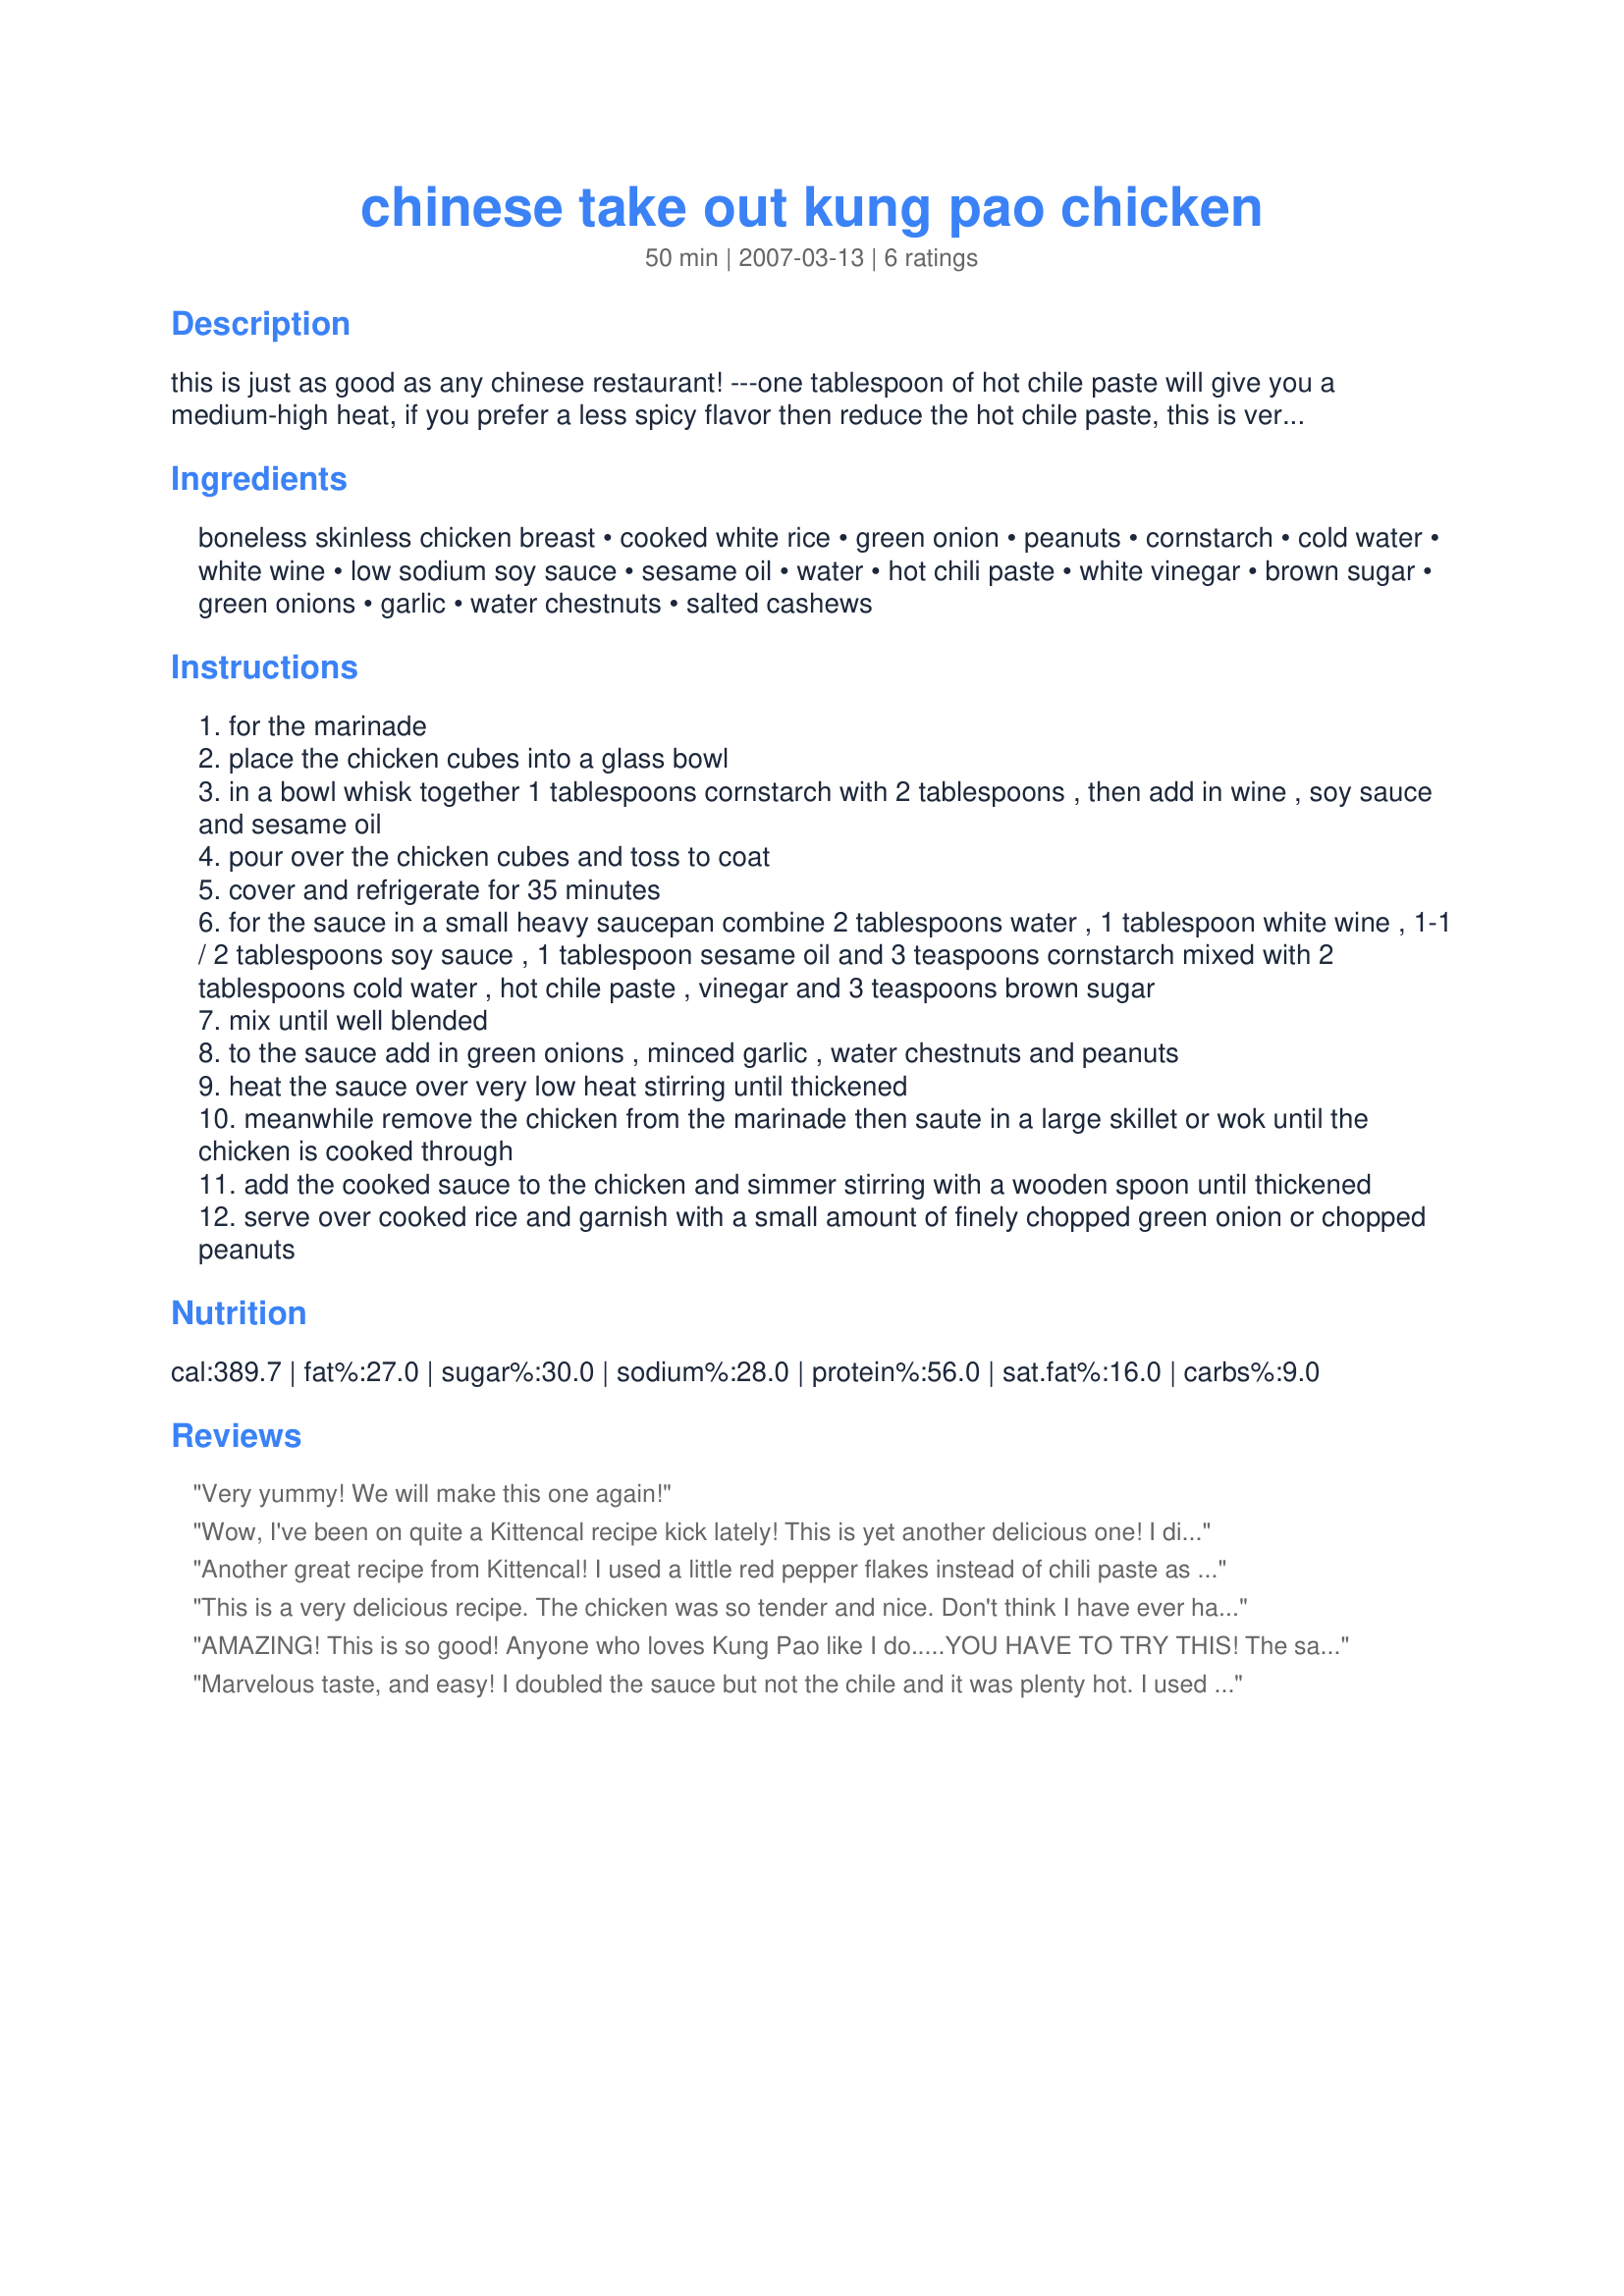
chinese take out kung pao chicken
Preparation time: 50 minutes

this is just as good as any chinese restaurant! ---one tablespoon of hot chile paste will give you a medium-high heat, if you prefer a less spicy flavor then reduce the hot chile paste, this is very hot! i would strongly suggest to double the sauce ingredients or use 2 pounds of chicken and double the sauce x4. add in some baby corn, mushrooms, peas or other veggies if desired. this can also be made using thinly sliced beef in place of chicken

Ingredients:
boneless skinless chicken breast, cooked white rice, green onion, peanuts, cornstarch, cold water, white wine, low sodium soy sauce, sesame oil, water, hot chili paste, white vinegar, brown sugar, green onions, garlic, water chestnuts, salted cashews

Steps:
for the marinade
place the chicken cubes into a glass bowl
in a bowl whisk together 1 tablespoons cornstarch with 2 tablespoons , then add in wine , soy sauce and sesame oil
pour over the chicken cubes and toss to coat
cover and refrigerate for 35 minutes
for the sauce in a small heavy saucepan combine 2 tablespoons water , 1 tablespoon white wine , 1-1 / 2 tablespoons soy sauce , 1 tablespoon sesame oil and 3 teaspoons cornstarch mixed with 2 tablespoons cold water , hot chile paste , vinegar and 3 teaspoons brown sugar
mix until well blended
to the sauce add in green onions , minced garlic , water chestnuts and peanuts
heat the sauce over very low heat stirring until thickened
meanwhile remove the chicken from the marinade then saute in a large skillet or wok until the chicken is cooked through
add the cooked sauce to the chicken and simmer stirring with a wooden spoon until thickened
serve over cooked rice and garnish with a small amount of finely chopped green onion or chopped peanuts

Reviews:
Very yummy! We will make this one again!
Wow, I've been on quite a Kittencal recipe kick lately! This is yet another delicious one! I did double the sauce as you suggested, and it seemed like the perfect amount thrown over a pound of chicken and a large pile of baby bok choy. Served over plain white rice, this made a wonderful meal. Thanks again!
Another great recipe from Kittencal! I used a little red pepper flakes instead of chili paste as I do not like it real spicy hot. I also use rice vinegar instead of white vinegar. I added some oriental stir fried veggies, served it over rice and Boy was that good. Thanks for another great meal.
This is a very delicious recipe. The chicken was so tender and nice. Don't think I have ever had a Kung Pao recipe with water chestnuts, it was nice with the crunch.
AMAZING! This is so good! Anyone who loves Kung Pao like I do.....YOU HAVE TO TRY THIS! The sauce was wonderful! I doubled the sauce like recommended and it was perfect! I'm putting this in my family favorite file! Thanks Kittencal!
Marvelous taste, and easy! I doubled the sauce but not the chile and it was plenty hot. I used thigh meat instead of breast which worked great. I have a cookbook for what to eat instead of going to Panda Express, and this recipe is going in it. :)
